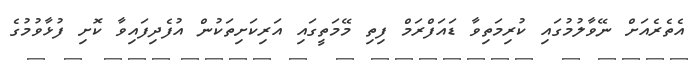
އެތެރެއަށް ނޭވާލުމުގައި ކުރިމަތިވާ ޑައަފްރަމް ފިތި މޭމަތީގައި އަރިކަށިތަކުން އުފެދިފައިވާ ކޮށި ފުޅާވުމުގެ